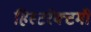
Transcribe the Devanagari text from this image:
हिस्टरेक्टमी